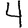
Digit: 4